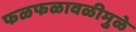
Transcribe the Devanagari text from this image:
फळफळावळीमुळे